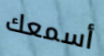
أسمعك